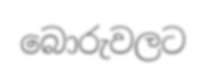
බොරුවලට